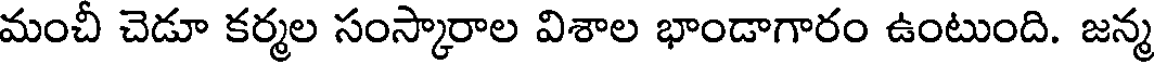
మంచీ చెడూ కర్మల సంస్కారాల విశాల భాండాగారం ఉంటుంది. జన్మ